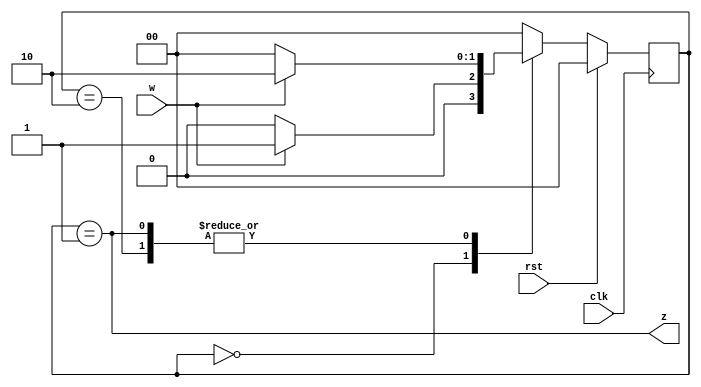
`timescale 1ns / 1ps
//////////////////////////////////////////////////////////////////////////////////
// Company:
// Engineer: 
// 
// Design Name: 
// Module Name: rising_edge
// Project Name: 
// Target Devices: 
// Tool Versions: 
// Description: 
// 
// Dependencies: 
// 
// Revision:
// Revision 0.01 - File Created
// Additional Comments:
// 
//////////////////////////////////////////////////////////////////////////////////


module rising_edge(input clk, rst, w, output z);

reg [1:0] state, nextState;
parameter [1:0] A=2'b00, B=2'b01, C=2'b10; // States Encoding
// Next state generation (combinational logic)
always @ (*)
case (state)
A: if (w==0) nextState = A;
 else nextState = B;
B: if (w==0) nextState = A;
 else nextState = C;
C: if (w==0) nextState = A;
 else nextState = C;
default: nextState = A;
endcase
// State register
// Update state FF's with the triggering edge of the clock
always @ (posedge clk) begin
if(rst) state <= A;
else state <= nextState;
end
// output generation (combinational logic)
assign z = (state == B);

endmodule

//        ******    <- INSERT NAME HERE
//      ( o   o  )
//      (   ||    )
//       ( #### )
//        _______
//    ___
//   ___